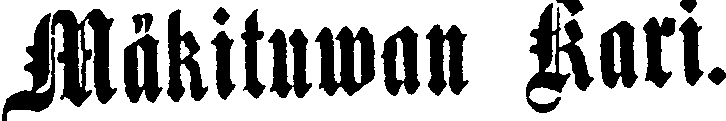
Mäkituwan Kari.